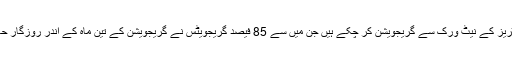
آج 1400 سے زائد نوجوان آپرینٹسز 17 ایپ فیکٹریز کے نیٹ ورک سے گریجویشن کر چکے ہیں جن میں سے 85 فیصد گریجویٹس نے گریجویشن کے تین ماہ کے اندر روزگار حاصل کیا جبکہ دیگر نے اپنے کاروبار کا آغاز کیا۔